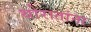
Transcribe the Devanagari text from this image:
थोरातांना